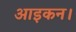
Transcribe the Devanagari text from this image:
आइकन।